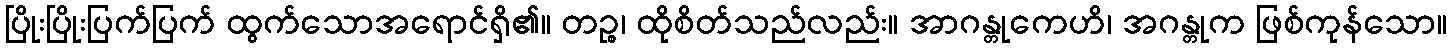
ပြိုးပြိုးပြက်ပြက် ထွက်သောအရောင်ရှိ၏။ တဉ္စ၊ ထိုစိတ်သည်လည်း။ အာဂန္တုကေဟိ၊ အဂန္တုက ဖြစ်ကုန်သော။